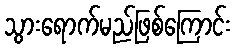
သွားရောက်မည်ဖြစ်ကြောင်း